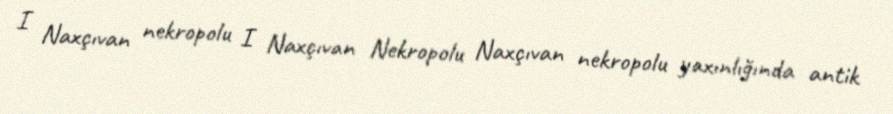
I Naxçıvan nekropolu I Naxçıvan Nekropolu Naxçıvan nekropolu yaxınlığında antik